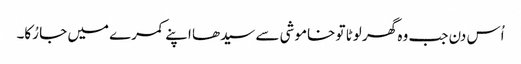
اُس دن جب وہ گھر لوٹا تو خاموشی سے سیدھا اپنے کمرے میں جا رُکا۔